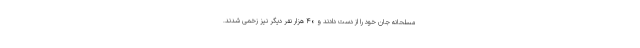
مسلحانه جان خود را از دست دادند و ۴۰ هزار نفر دیگر نیز زخمی شدند.